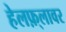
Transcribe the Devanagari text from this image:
हेलफ़्लावर